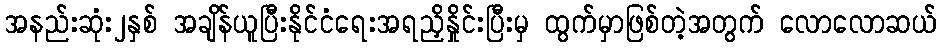
အနည်းဆုံး၂နှစ် အချိန်ယူပြီးနိုင်ငံရေးအရညှိနှိုင်းပြီးမှ ထွက်မှာဖြစ်တဲ့အတွက် လောလောဆယ်